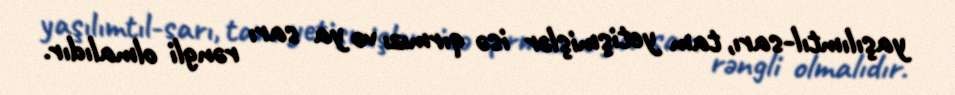
yaşılımtıl-sarı, tam yetişmişlər isə qırmızı və ya sarı rəngli olmalıdır.